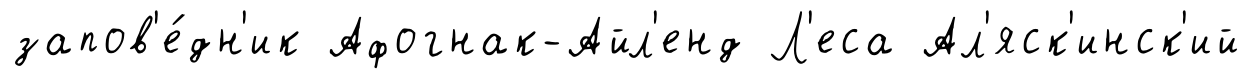
запов'е́дн'ик Афогнак-Айл'енд Л'еса Ал'яск'инск'ий